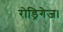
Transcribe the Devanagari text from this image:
रोड्रिगेज।